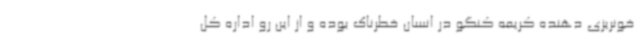
خونریزی دهنده کریمه کنگو در انسان خطرناک بوده و از این رو اداره کل